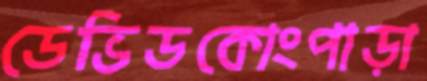
ডেভিডকোংপাড়া